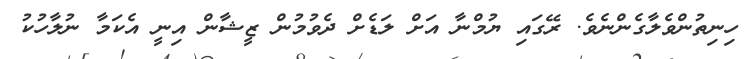
ހިނިތުންވެލާގެންނެވެ. ރޭގައި ޔުމްނާ އަށް ލަޑެށް ދެވުމުން ޒީޝާން އިނީ އެކަމާ ނުލާހުކު